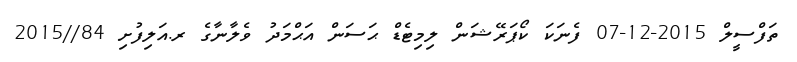
ތަފްސީލް 2015-12-07 ފެނަކަ ކޯޕަރޭޝަން ލިމިޓެޑް ޙަސަން އަޙްމަދު ވެލާނާގެ ރ.އަލިފުށި 84//2015